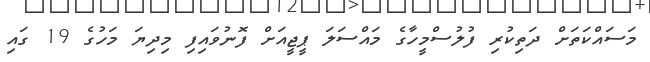
މަސައްކަތަށް ދަތިކުރި ފުލުސްމީހާގެ މައްސަލަ ޕީޖީއަށް ފޮނުވައިފި މިދިޔަ މަހުގެ 19 ގައި